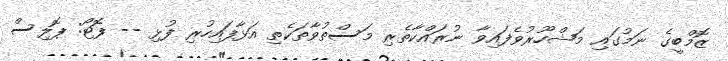
ޒޮމްބީގެ ނަމުގައި މަޝްހޫރުވެފައިވާ ނުރައްކާތެރި މަސްތުވާތަކެތި އަޅާފައިހުރި ފުޅި -- ފޮޓޯ: ޕޮލިސް